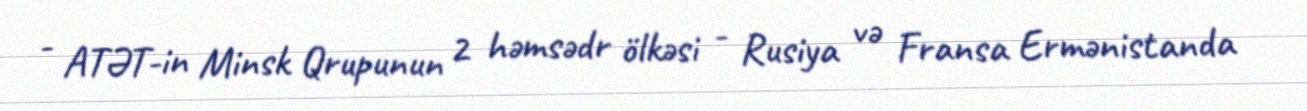
- ATƏT-in Minsk Qrupunun 2 həmsədr ölkəsi - Rusiya və Fransa Ermənistanda